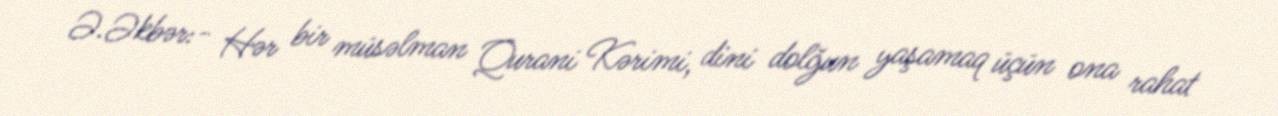
Ə.Əkbər:- Hər bir müsəlman Qurani Kərimi, dini dolğun yaşamaq üçün ona rahat